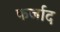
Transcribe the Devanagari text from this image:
फर्जाद